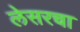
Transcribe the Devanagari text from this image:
लेसरचा